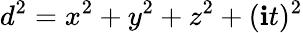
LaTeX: d^{2}=x^{2}+y^{2}+z^{2}+(\mathbf{i}t)^{2}